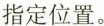
指定位置。